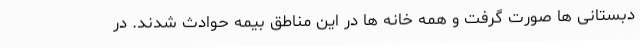
دبستانی ها صورت گرفت و همه خانه ها در این مناطق بیمه حوادث شدند. در